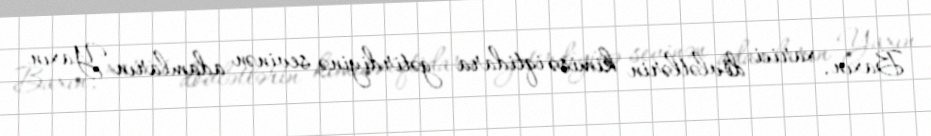
Baxın, xarici dövlətlərin kimisə iqtidara gətirdiyinə sevinən adamların Yaxın